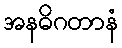
အနဓိဂတာနံ